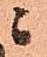
ニ